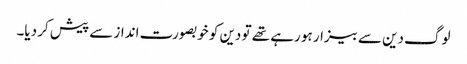
لوگ دین سے بیزار ہو رہے تھے تو دین کو خوبصورت انداز سے پیش کر دیا۔